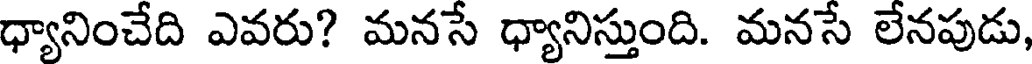
ధ్యానించేది ఎవరు? మనసే ధ్యానిస్తుంది. మనసే లేనపుడు,